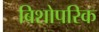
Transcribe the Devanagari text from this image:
बिशोपरिक